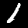
Digit: 1